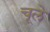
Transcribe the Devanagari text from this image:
चूले